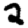
Digit: 2